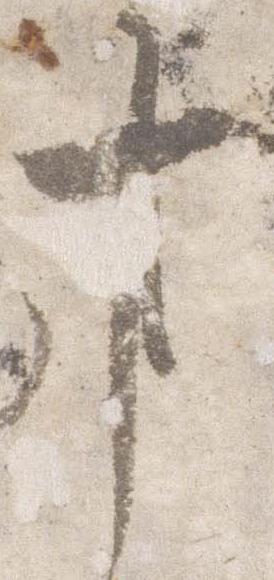
事